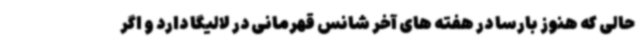
حالی که هنوز بارسا در هفته های آخر شانس قهرمانی در لالیگا دارد و اگر